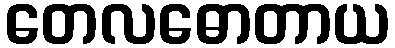
တေလဓောတာယ